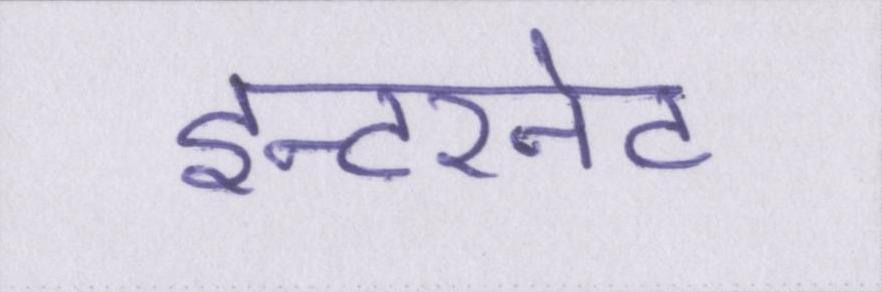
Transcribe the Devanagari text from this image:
इन्टरनेट